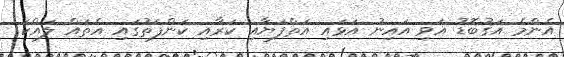
އެންމެ އަގުބޮޑު އަވި އައިނު އަޅައި އަތްފަޔާއި ކަރާއި ކަންފަތުގައި އެތައް ލައްކަ